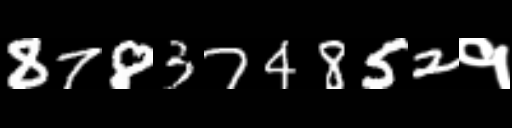
Text: 878374852१